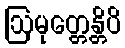
ဩမုတ္တေန္တိပိ